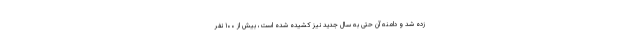
زده شد و دامنه آن حتی به سال جدید نیز کشیده شده است، بیش از ۱۰۰ نفر